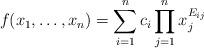
LaTeX: \begin{align*}f(x_1,\ldots,x_n)=\sum_{i=1}^n c_i\prod_{j=1}^n x_j^{E_{ij}}\end{align*}